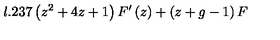
l . 2 3 7 \left( z ^ { 2 } + 4 z + 1 \right) F ^ { \prime } \left( z \right) + \left( z + g - 1 \right) F